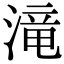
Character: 滝